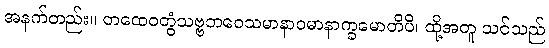
အနက်တည်း။ တထေဝတွံသဗ္ဗဘဝေသမာနာဝမာနာက္ခမောတိပိ၊ ထို့အတူ သင်သည်